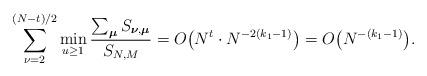
LaTeX: \begin{align*}\sum_{\nu=2}^{(N-t)/2}\min_{u\ge 1}\frac{\sum_{\boldsymbol\mu}S_{\boldsymbol\nu,\boldsymbol\mu}}{S_{N,M}}=O\bigl(N^t\cdot N^{-2(k_1-1)}\bigr)=O\bigl(N^{-(k_1-1)}\bigr).\end{align*}